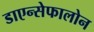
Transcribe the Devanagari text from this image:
डाएन्सेफालोन